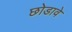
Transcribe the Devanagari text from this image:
छोडावे